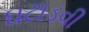
ઘટાડવી